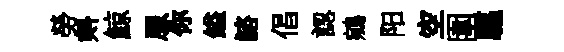
勞㪺鯨服你鎰諮倡認鵷阳空圍驅